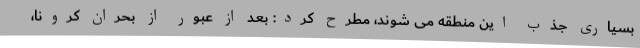
بسیاری جذب این منطقه می شوند، مطرح کرد: بعد از عبور از بحران کرونا،